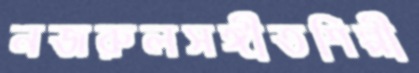
নজরুলসঙ্গীতশিল্পী